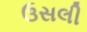
ઉસલી